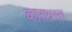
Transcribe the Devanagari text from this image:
काराग्रस्त